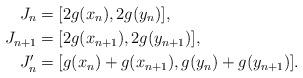
LaTeX: \begin{align*} J_n & = [2g(x_n), 2g(y_n)],\\ J_{n+1} & = [2g(x_{n+1}), 2g(y_{n+1})],\\ J_n' & = [g(x_n)+g(x_{n+1}), g(y_n) + g(y_{n+1})].\end{align*}